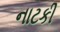
નાટકી